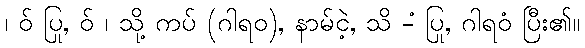
၊ ဝ် ပြု, ဝ် ၊ သို့ ကပ် (ဂါရဝ), နာမ်ငဲ့, သိ -ံ ပြု, ဂါရဝံ ပြီး၏။